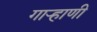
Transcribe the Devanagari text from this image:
गाऱ्हाणी